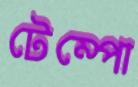
টেম্পো